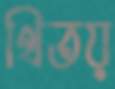
থিতয়